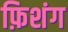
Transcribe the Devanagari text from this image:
फ़िशंग